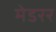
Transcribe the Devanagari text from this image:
मेडरर